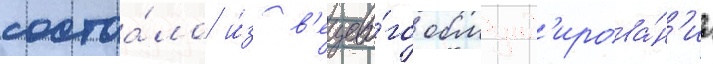
состоа́ло и́з в'ещево́го обмунд'ирова́н'иа